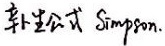
辛普森公式 Simpson.